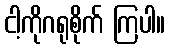
ငါ့ကိုဂရုစိုက် ကြပါ။